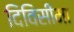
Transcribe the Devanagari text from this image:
दिविसीमा